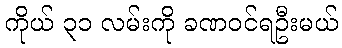
ကိုယ် ၃၁ လမ်းကို ခဏဝင်ရဦးမယ်